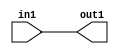
`timescale 1ns / 1ps
//////////////////////////////////////////////////////////////////////////////////
// Company: 
// Engineer: 
// 
// Design Name: 
// Module Name: Mov_1bit
// Project Name: 
// Target Devices: 
// Tool Versions: 
// Description: 
// 
// Dependencies: 
// 
// Revision:
// Revision 0.01 - File Created
// Additional Comments:
// 
//////////////////////////////////////////////////////////////////////////////////


module Mov_1bit(out1, in1);
input in1;
output out1;
wire result;

not not1(result, in1);
not not2(out1, result);

endmodule